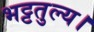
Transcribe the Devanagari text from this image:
भट्टतुल्य।